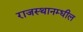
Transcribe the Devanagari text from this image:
राजस्थानम्धील